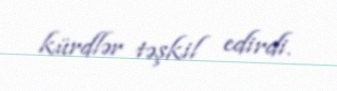
kürdlər təşkil edirdi.